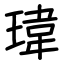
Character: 瑋